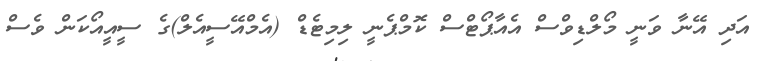
އަދި އޭނާ ވަނީ މޯލްޑިވްސް އެއާޕޯޓްސް ކޮމްޕެނީ ލިމިޓެޑް (އެމްއޭސީއެލް)ގެ ސީއީއޯކަން ވެސް